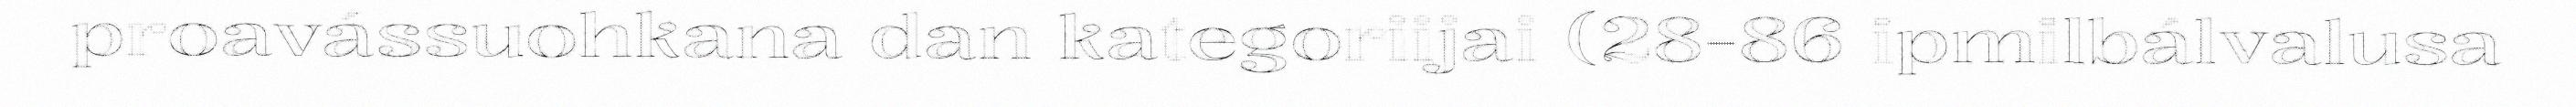
proavássuohkana dan kategoriijai (28-86 ipmilbálvalusa